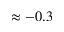
\approx - 0 . 3